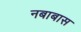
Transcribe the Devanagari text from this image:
नबाबास